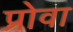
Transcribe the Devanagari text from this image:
प्रोवा